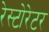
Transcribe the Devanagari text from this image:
रेस्टोरेटर